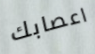
اعصابك